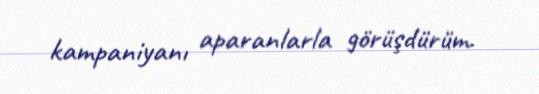
kampaniyanı aparanlarla görüşdürüm.